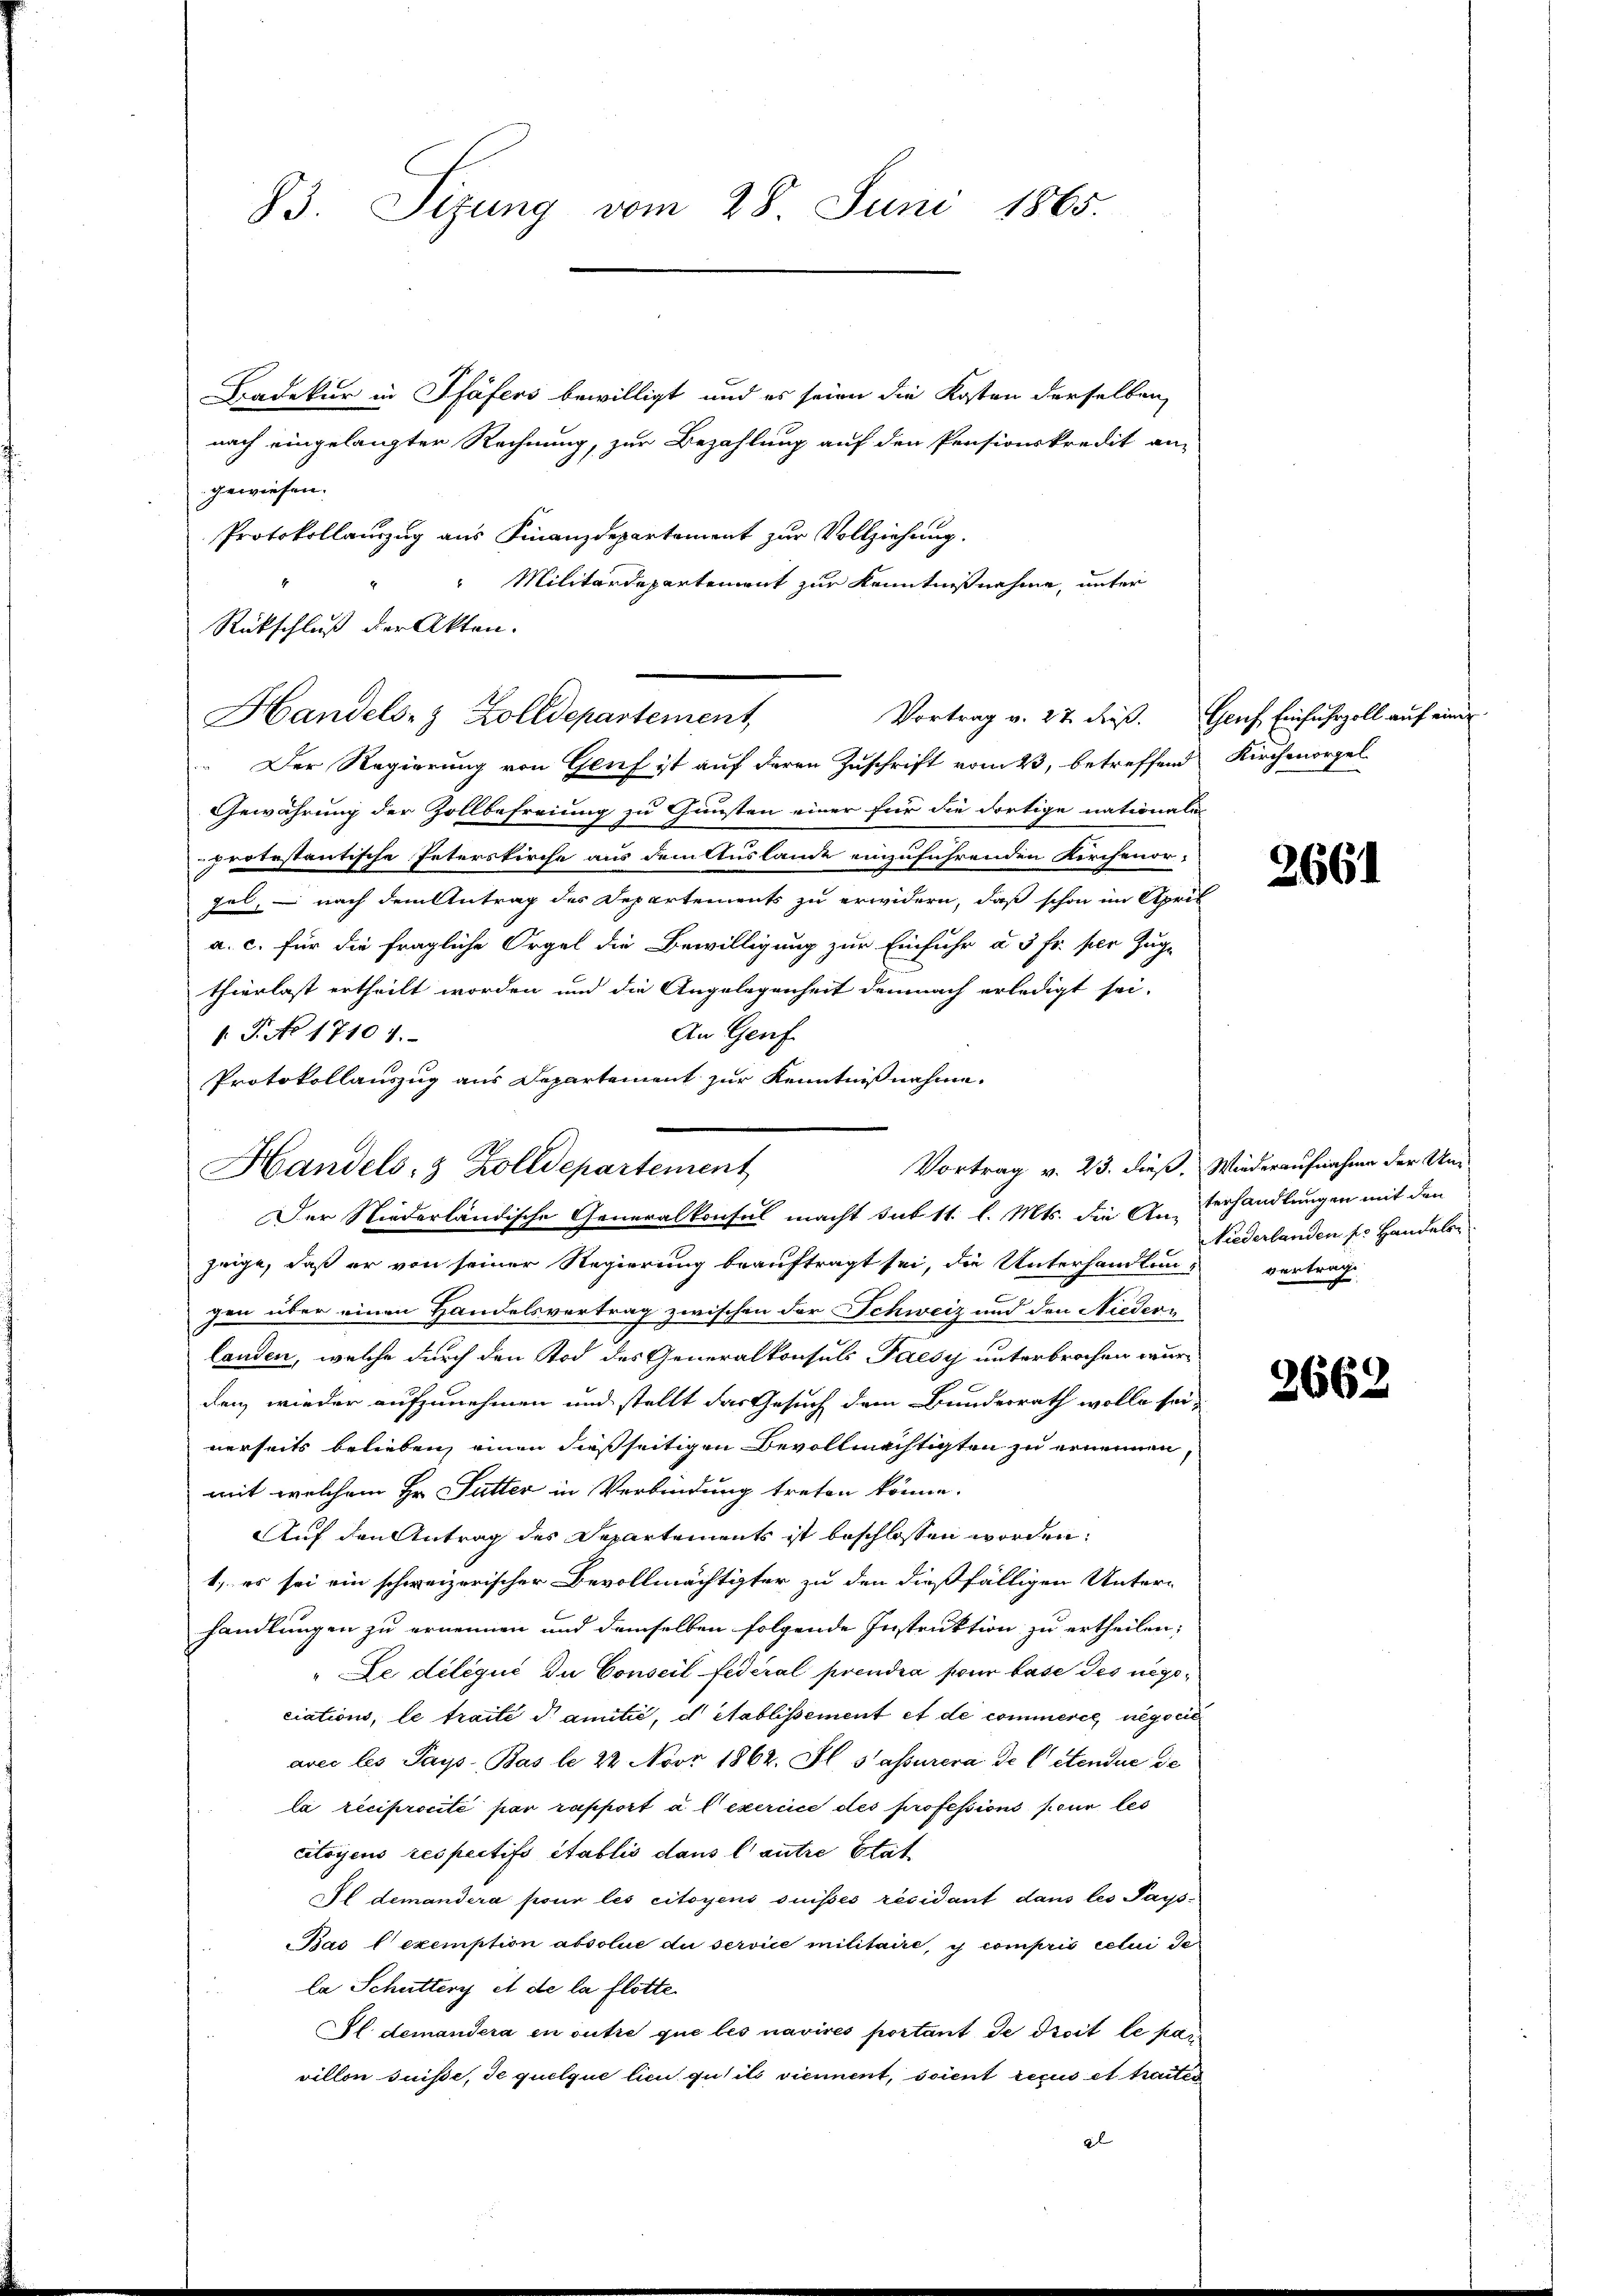
83. Sizung vom 28. Juni 1865.

Bradekur in Pfäfers bewilligt und es seien die Kosten derselben,
nach eingelangter Rechnung, zur Bezahlung auf den Pensionskredit an
gewiesen.
 Der Regierung von Genf ist auf deren Zuschrift vom 23, betreffend
Gewährung der Zollbefreiung zu Gunsten einer für die dortige nationale
protestantische Peterskirche aus dem Auslande einzuführenden Kirchenor-
zel, – nach dem Antrag des Departements zu erwidern, daß schon im April
a. c. für die fragliche Orgel die Bewilligung zur Einfuhr à 3 Fr. per Zuge
thierlast ertheilt worden und die Angelegenheit demnach erledigt sei.
An Genf.
1.P. No 17101.
Protokollauszug aus Departement zur Kenntnißnahme,

Protokollanzug aus Finanzdepartement zur Vollziehung.
" Militärdepartement zur Kenntnißnahme, unter
Rückschluß der Akten.
Handels- & Zolldepartement,

Handels- & Zolldepartement
Der Niederländische Generalkonsul macht sub 11. l. Mts. die An-Verhandlungen mit den

Vortrag v. 23. dieß. Wiederaufnahme der Un

Vortrag v. 27. dieß. Genf, Einfuhrzoll auf einer

zeige, daß er von seiner Regierung beauftragt sei, die Unterhandlung vertrage
gen über einen Handelsvertrag zwischen der Schweiz und den Niedern
landen, welche durch den Tod des Generalkonsuls Paesy unterbrochen würden, wieder aufzunehmen und stellt das Gesuch dem Bundesrath wolle seinerseits belieben, einen dießseitigen Bevollmächtigten zu ernennen,
mit welchem Hr. Futter in Verbindung treten könne.
Auf den Antrag des Departements ist beschlossen worden,
1. es sei ein schweizerischer Bevollmächtigter zu den dießfälligen Unterhandlungen zu ernennen und demselben folgende Instruktion zu ertheilen;
" Le délégué du Conseil federal prendia pour base des negociations, le traite damitić, d établissement et de commerce, negorie
avec les Pays Bas le 22 Noor 1862. Il s’assurera de l’étendue de
la reciprocité par rapport à exercice des professions pour les
citoyens respectifs établis dans l’autre stat
Il demandera pour les citoyens suisses résidant dans les Pays¬
Bao l exemption absolue du service militaire, is compris celui de
la Schuttery et de la flotte
Sl. demandera en outre que les navirés portant de droit le par
villon suisse, de quelque lieu qu’ils viennent, soient reçus et faites
2

Kirchmorgel

2661

Niederlanden sr Handels

2662